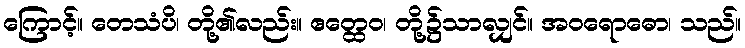
ကြောင့်။ တေသံပိ၊ တို့၏လည်း။ ဧတ္ထေဝ၊ တို့၌သာလျှင်။ အဝရောဓော၊ သည်။